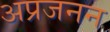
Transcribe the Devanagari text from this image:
अप्रजनन